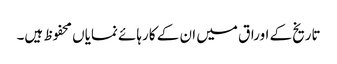
تاریخ کے اوراق میں ان کے کارہائے نمایاں محفوظ ہیں۔